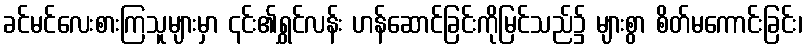
ခင်မင်လေးစားကြသူများမှာ ၎င်း၏ရွှင်လန်း ဟန်ဆောင်ခြင်းကိုမြင်သည်၌ များစွာ စိတ်မကောင်းခြင်း၊